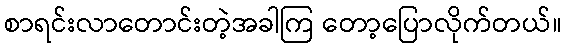
စာရင်းလာတောင်းတဲ့အခါကြ တော့ပြောလိုက်တယ်။